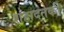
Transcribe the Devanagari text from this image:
शहादतकी